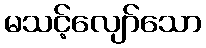
မသင့်လျော်သော